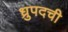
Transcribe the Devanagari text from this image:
ध्रुपदची